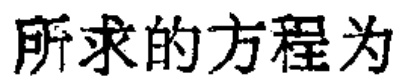
所求的方程为